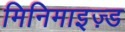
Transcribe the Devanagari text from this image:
मिनिमाइज़्ड